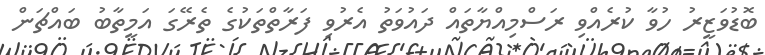
ބޮޑުވަޒީރު ހުވާ ކުރެއްވި ރަސްމިއްޔާތައް ދައުވަތު އެރުވި ފަރާތްތަކުގެ ތެރޭގަ އަމީތާބު ބައްޗަން